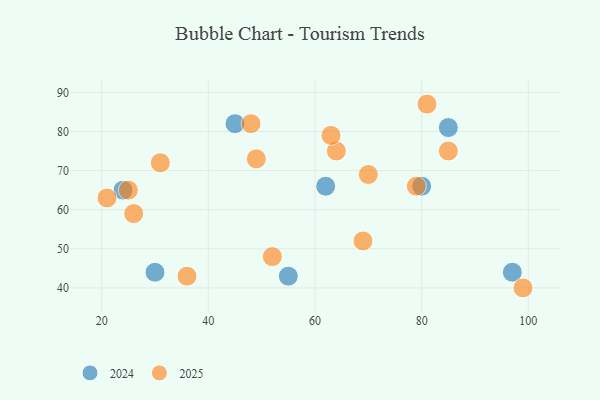
{"axis": {"x": "GDP", "y": "Life Expectancy"}, "legend": ["2024", "2025"], "data": [{"x": "80", "y": 66, "type": "2024"}, {"x": "85", "y": 81, "type": "2024"}, {"x": "30", "y": 44, "type": "2024"}, {"x": "55", "y": 43, "type": "2024"}, {"x": "45", "y": 82, "type": "2024"}, {"x": "24", "y": 65, "type": "2024"}, {"x": "62", "y": 66, "type": "2024"}, {"x": "97", "y": 44, "type": "2024"}, {"x": "85", "y": 75, "type": "2025"}, {"x": "21", "y": 63, "type": "2025"}, {"x": "48", "y": 82, "type": "2025"}, {"x": "64", "y": 75, "type": "2025"}, {"x": "99", "y": 40, "type": "2025"}, {"x": "25", "y": 65, "type": "2025"}, {"x": "79", "y": 66, "type": "2025"}, {"x": "52", "y": 48, "type": "2025"}, {"x": "31", "y": 72, "type": "2025"}, {"x": "70", "y": 69, "type": "2025"}, {"x": "69", "y": 52, "type": "2025"}, {"x": "36", "y": 43, "type": "2025"}, {"x": "49", "y": 73, "type": "2025"}, {"x": "81", "y": 87, "type": "2025"}, {"x": "26", "y": 59, "type": "2025"}, {"x": "63", "y": 79, "type": "2025"}]}